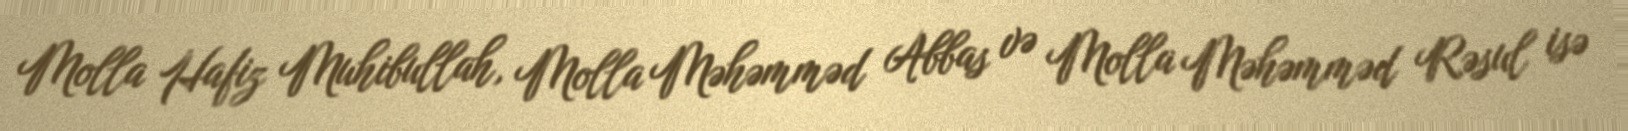
Molla Hafiz Muhibullah, Molla Məhəmməd Abbas və Molla Məhəmməd Rəsul isə